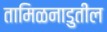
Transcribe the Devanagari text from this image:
तामिळनाडुतील